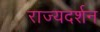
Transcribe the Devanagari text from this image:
राज्यदर्शन